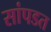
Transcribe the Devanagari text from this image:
सांपडत